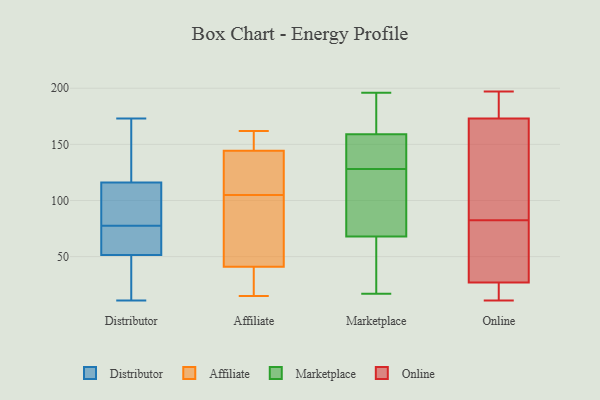
{"axis": {"x": "Revenue (USD Million)", "y": "Value"}, "legend": ["Affiliate", "Distributor", "Marketplace", "Online"], "data": [{"x": "", "y": 59, "type": "Distributor"}, {"x": "", "y": 90, "type": "Distributor"}, {"x": "", "y": 135, "type": "Distributor"}, {"x": "", "y": 53, "type": "Distributor"}, {"x": "", "y": 18, "type": "Distributor"}, {"x": "", "y": 77, "type": "Distributor"}, {"x": "", "y": 50, "type": "Distributor"}, {"x": "", "y": 173, "type": "Distributor"}, {"x": "", "y": 140, "type": "Distributor"}, {"x": "", "y": 71, "type": "Distributor"}, {"x": "", "y": 46, "type": "Distributor"}, {"x": "", "y": 120, "type": "Distributor"}, {"x": "", "y": 13, "type": "Distributor"}, {"x": "", "y": 112, "type": "Distributor"}, {"x": "", "y": 171, "type": "Distributor"}, {"x": "", "y": 101, "type": "Distributor"}, {"x": "", "y": 78, "type": "Distributor"}, {"x": "", "y": 107, "type": "Distributor"}, {"x": "", "y": 55, "type": "Distributor"}, {"x": "", "y": 11, "type": "Distributor"}, {"x": "", "y": 38, "type": "Affiliate"}, {"x": "", "y": 15, "type": "Affiliate"}, {"x": "", "y": 105, "type": "Affiliate"}, {"x": "", "y": 113, "type": "Affiliate"}, {"x": "", "y": 42, "type": "Affiliate"}, {"x": "", "y": 144, "type": "Affiliate"}, {"x": "", "y": 108, "type": "Affiliate"}, {"x": "", "y": 27, "type": "Affiliate"}, {"x": "", "y": 147, "type": "Affiliate"}, {"x": "", "y": 162, "type": "Affiliate"}, {"x": "", "y": 74, "type": "Affiliate"}, {"x": "", "y": 67, "type": "Affiliate"}, {"x": "", "y": 145, "type": "Affiliate"}, {"x": "", "y": 157, "type": "Marketplace"}, {"x": "", "y": 161, "type": "Marketplace"}, {"x": "", "y": 159, "type": "Marketplace"}, {"x": "", "y": 17, "type": "Marketplace"}, {"x": "", "y": 51, "type": "Marketplace"}, {"x": "", "y": 153, "type": "Marketplace"}, {"x": "", "y": 24, "type": "Marketplace"}, {"x": "", "y": 82, "type": "Marketplace"}, {"x": "", "y": 92, "type": "Marketplace"}, {"x": "", "y": 120, "type": "Marketplace"}, {"x": "", "y": 68, "type": "Marketplace"}, {"x": "", "y": 196, "type": "Marketplace"}, {"x": "", "y": 159, "type": "Marketplace"}, {"x": "", "y": 178, "type": "Marketplace"}, {"x": "", "y": 179, "type": "Marketplace"}, {"x": "", "y": 43, "type": "Marketplace"}, {"x": "", "y": 105, "type": "Marketplace"}, {"x": "", "y": 136, "type": "Marketplace"}, {"x": "", "y": 22, "type": "Online"}, {"x": "", "y": 11, "type": "Online"}, {"x": "", "y": 173, "type": "Online"}, {"x": "", "y": 77, "type": "Online"}, {"x": "", "y": 179, "type": "Online"}, {"x": "", "y": 197, "type": "Online"}, {"x": "", "y": 88, "type": "Online"}, {"x": "", "y": 53, "type": "Online"}, {"x": "", "y": 27, "type": "Online"}, {"x": "", "y": 125, "type": "Online"}]}